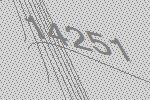
14251